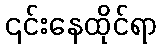
၎င်းနေထိုင်ရာ